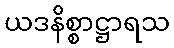
ယဒနိစ္စာဋ္ဌာရသ